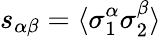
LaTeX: s_{\alpha\beta}=\langle\sigma_{1}^{\alpha}\sigma_{2}^{\beta}\rangle